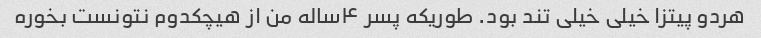
هردو پیتزا خیلی خیلی تند بود. طوریکه پسر ۴ساله من از هیچکدوم نتونست بخوره